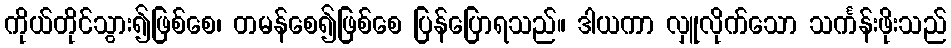
ကိုယ်တိုင်သွား၍ဖြစ်စေ၊ တမန်စေ၍ဖြစ်စေ ပြန်ပြောရသည်။ ဒါယကာ လှူလိုက်သော သင်္ကန်းဖိုးသည်